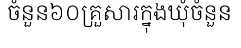
ចំនួន៦០គ្រួសារក្នុងឃុំចំនួន